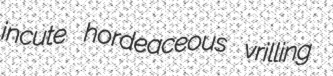
incute hordeaceous vrilling